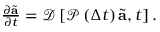
\begin{array} { r } { \frac { \partial \tilde { \mathbf { a } } } { \partial t } = \mathcal { D } \left[ \mathcal { P } \left( \Delta t \right) \tilde { \mathbf { a } } , t \right] . } \end{array}